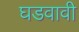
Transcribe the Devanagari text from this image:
घडवावी